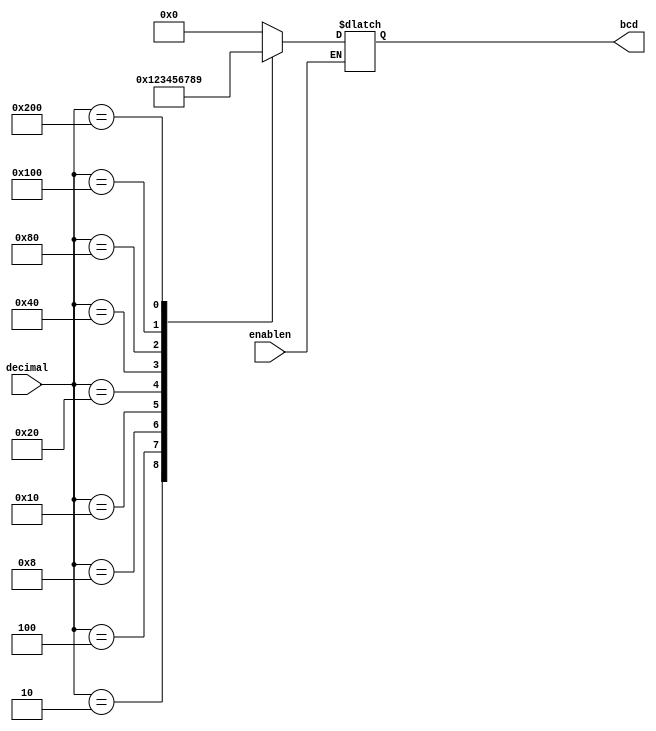
module encoder_dec_bcd(
    input [9:0] decimal,
    input enablen,
    output reg [3:0] bcd
);

always @ (decimal)
begin
    if (!enablen) begin
        case(decimal)
            10'b0000000001: bcd = 4'b0000;
            10'b0000000010: bcd = 4'b0001;
            10'b0000000100: bcd = 4'b0010;
            10'b0000001000: bcd = 4'b0011;
            10'b0000010000: bcd = 4'b0100;
            10'b0000100000: bcd = 4'b0101;
            10'b0001000000: bcd = 4'b0110;
            10'b0010000000: bcd = 4'b0111;
            10'b0100000000: bcd = 4'b1000;
            10'b1000000000: bcd = 4'b1001;
            default:
                bcd = 4'b0000;
        endcase
    end
end

endmodule